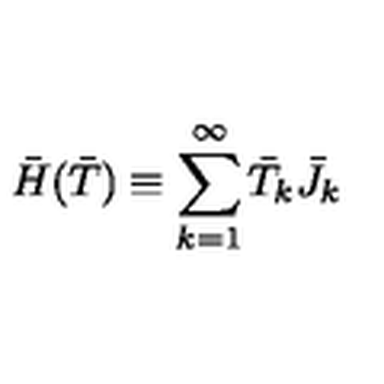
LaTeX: \bar { H } ( \bar { T } ) \equiv \sum _ { k = 1 } ^ { \infty } \bar { T } _ { k } \bar { J } _ { k }